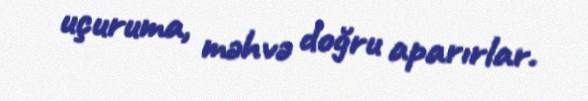
uçuruma, məhvə doğru aparırlar.